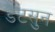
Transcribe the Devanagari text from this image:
डैटसुन